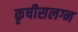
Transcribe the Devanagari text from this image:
कृषीसलग्न